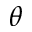
\theta